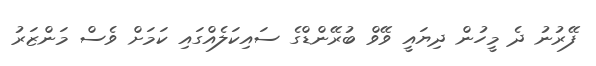
ފޭރުނު ދެ މީހުން ދިޔައީ ވޭވް ބުރޭންޑްގެ ސައިކަލެއްގައި ކަމަށް ވެސް މަންޒަރު